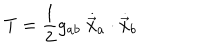
T = \frac { 1 } { 2 } g _ { a b } \; \dot { \vec { x } } _ { a } \cdot \dot { \vec { x } } _ { b }